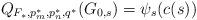
LaTeX: \begin{align*}Q_{F_*,p_m^*,p_n^*, q^*}(G_{0,s})=\psi_s(c(s))\end{align*}